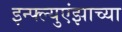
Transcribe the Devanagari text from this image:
इन्फ्ल्युएंझाच्या